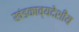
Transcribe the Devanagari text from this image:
खंडकाव्यदेशीय